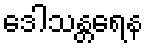
ဒေါသန္တရေန